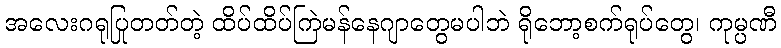
အလေးဂရုပြုတတ်တဲ့ ထိပ်ထိပ်ကြဲမန်နေဂျာတွေမပါဘဲ ရိုဘော့စက်ရုပ်တွေ၊ ကုမ္ပဏီ